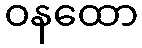
ဝနထော